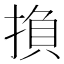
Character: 𢰺